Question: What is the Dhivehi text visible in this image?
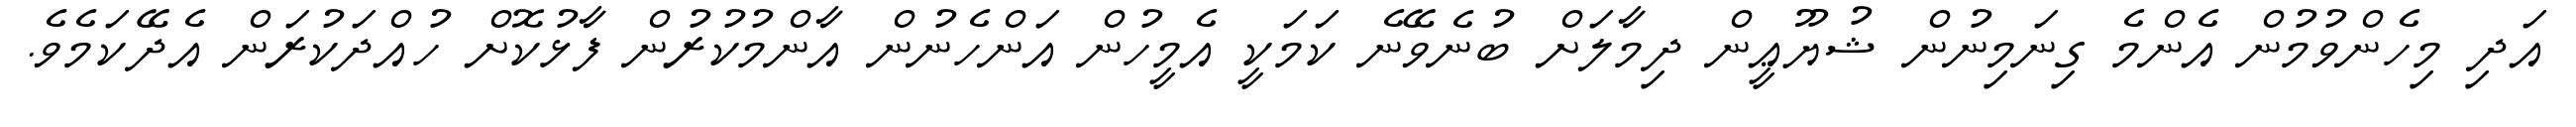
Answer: އަދި މިހެންވުމުން އެންމެ ގިނަމިނުން ޝުޔޫޢީން ދިމާލަށް ބުނެވޭނެ ކަމަކީ އެމީހުން އަންހެނުން އާންމުކުރުން ފާޅުކޮށް ހުއްދަކުރަން އެދޭކަމެވެ.